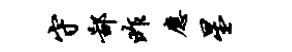
守鄙昨应星